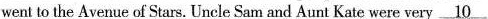
went to the Avenue of Stars. Uncle Sam and Aunt Kate were very \underline{10}